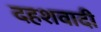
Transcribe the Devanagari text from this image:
दहशवादी